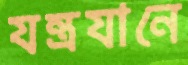
যন্ত্রযানে